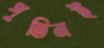
পুতিনই